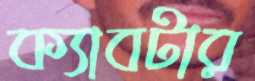
ক্যাবটার